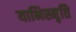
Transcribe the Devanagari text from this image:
याभिस्मृति